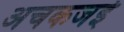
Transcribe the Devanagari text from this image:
अचकजई